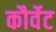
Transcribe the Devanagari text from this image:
कौर्वेट